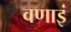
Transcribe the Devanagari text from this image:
वणाइं